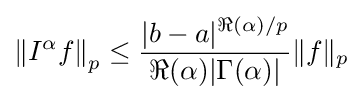
\left\|I^{\alpha }f\right\|_{p}\leq {\frac {|b-a|^{\Re (\alpha )/p}}{\Re (\alpha )|\Gamma (\alpha )|}}\|f\|_{p}